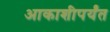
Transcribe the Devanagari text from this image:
आकाशीपर्यंत